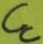
Text: CC